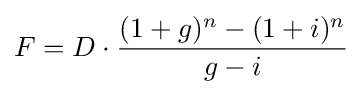
F=D\cdot {\frac {(1+g)^{n}-(1+i)^{n}}{g-i}}